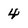
Character: 4